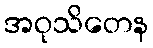
အဝုသိတေန